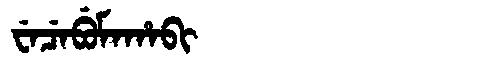
Manchu: ᠸᡝᠴᡝᠪᡠᠮᠠᡥᠠᠪᡳ
Romanization: WECEBUMAHABI